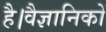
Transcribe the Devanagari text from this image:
है।वैज्ञानिकों